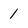
Character: 1